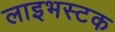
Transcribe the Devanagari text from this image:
लाइभस्टक